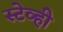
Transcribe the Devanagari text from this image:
स्टेव्ही